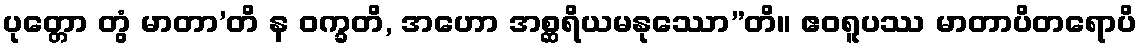
ပုတ္တော တွံ မာတာ’တိ န ဝက္ခတိ, အဟော အစ္ဆရိယမနုဿော”တိ။ ဧဝရူပဿ မာတာပိတရောပိ